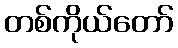
တစ်ကိုယ်တော်